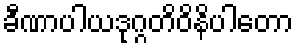
ခီဏာပါယဒုဂ္ဂတိဝိနိပါတော